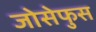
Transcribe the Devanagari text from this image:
जोसेफुस